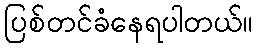
ပြစ်တင်ခံနေရပါတယ်။